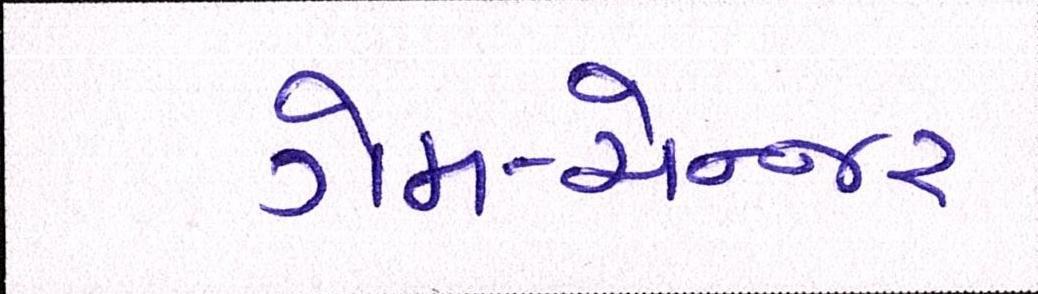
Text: ગેમ-ચેન્જર